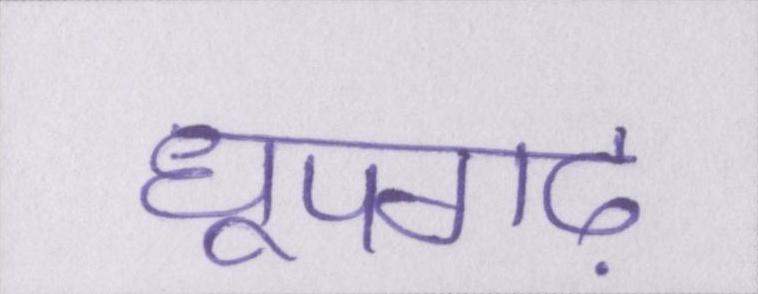
धूपगढ़